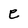
Character: e